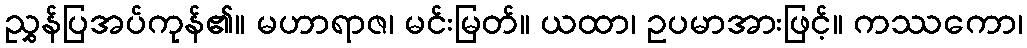
ညွှန်ပြအပ်ကုန်၏။ မဟာရာဇ၊ မင်းမြတ်။ ယထာ၊ ဥပမာအားဖြင့်။ ကဿကော၊